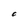
Character: o